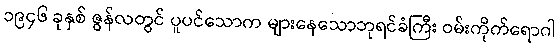
၁၉၄၆ ခုနှစ် ဇွန်လတွင် ပူပင်သောက များနေသောဘုရင်ခံကြီး ဝမ်းကိုက်ရောဂါ